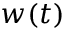
w ( t )